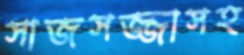
সাজসজ্জাসহ